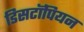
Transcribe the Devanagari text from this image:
डिसटॉपियन